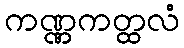
ကဏ္ဏကတ္ထလံ